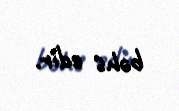
bəhs edir.